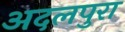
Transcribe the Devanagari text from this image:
अदलपुरा